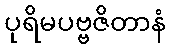
ပုရိမပဗ္ဗဇိတာနံ